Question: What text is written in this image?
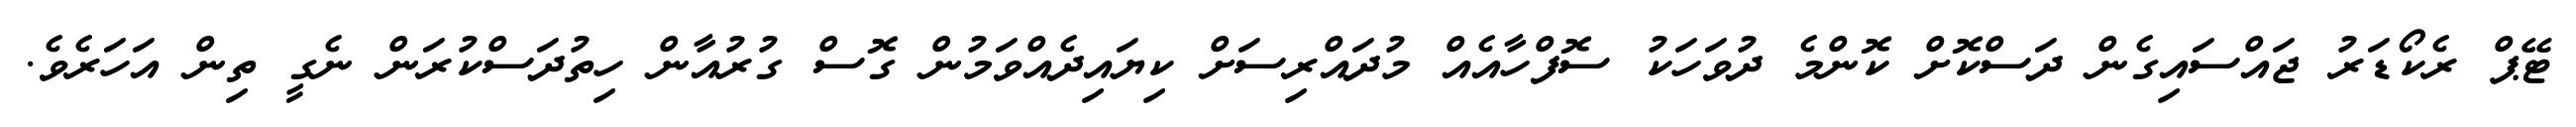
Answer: ޓޭޕް ރެކޯޑަރު ޖައްސައިގެން ދަސްކޮށް ކޮންމެ ދުވަހަކު ސޮފްހާއެއް މުދައްރިސަށް ކިޔައިދެއްވަމުން ގޮސް ގުރުއާން ހިތުދަސްކުރަން ނެގީ ތިން އަހަރެވެ.